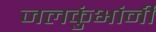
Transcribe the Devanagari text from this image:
जलकुंभांनी